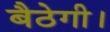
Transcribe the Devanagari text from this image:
बैठेगी।